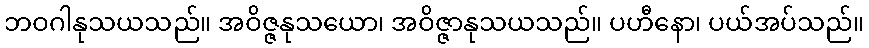
ဘဝဂါနုသယသည်။ အဝိဇ္ဇနုသယော၊ အဝိဇ္ဇာနုသယသည်။ ပဟီနော၊ ပယ်အပ်သည်။